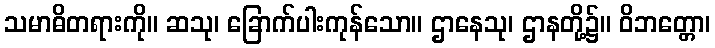
သမာဓိတရားကို။ ဆသု၊ ခြောက်ပါးကုန်သော။ ဌာနေသု၊ ဌာနတို့၌။ ဝိဘတ္တော၊